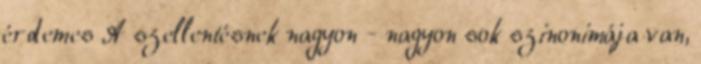
érdemes A szellentésnek nagyon - nagyon sok szinonimája van,